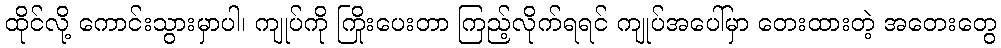
ထိုင်လို့ ကောင်းသွားမှာပါ၊ ကျုပ်ကို ကြိုးပေးတာ ကြည့်လိုက်ရရင် ကျုပ်အပေါ်မှာ တေးထားတဲ့ အတေးတွေ